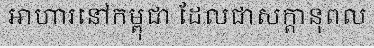
អាហារនៅកម្ពុជា ដែលជាសក្តានុពល